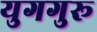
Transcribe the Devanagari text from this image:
युगगुरू